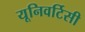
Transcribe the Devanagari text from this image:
यूनिवर्टिसी